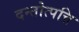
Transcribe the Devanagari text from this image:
दन्तोत्पत्ति